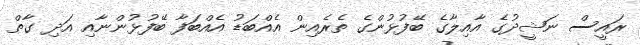
ރައީސް ނަޝީދުގެ އާއިލާގެ ބޭފުޅުންގެ ތެރެއިން އެއްބަޑު އެއްބަފާ ބޭފުޅުންނާއި އަދި ގާތް